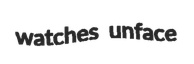
watches unface